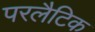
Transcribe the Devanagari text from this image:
परलैटिक